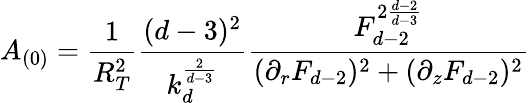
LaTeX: A_{(0)}=\frac{1}{R_{T}^{2}}\frac{(d-3)^{2}}{k_{d}^{\frac{2}{d-3}}}\frac{F_{d-2}^{2\frac{d-2}{d-3}}}{(\partial_{r}F_{d-2})^{2}+(\partial_{z}F_{d-2})^{2}}